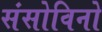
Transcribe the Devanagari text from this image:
संसोविनो